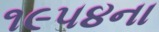
૧૯૫૪ના